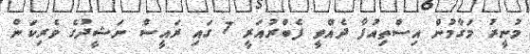
މުނީރު މަގާމުން އިސްތިއުފާ ދެއްވީ ފެބްރުއަރީ 7 ގައި ރައީސް ނަޝީދުގެ ވެރިކަން